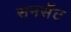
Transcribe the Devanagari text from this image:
सनसॅट